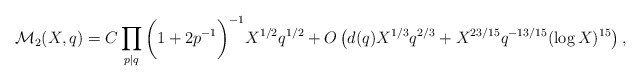
\begin{align*}\mathcal{M}_2(X,q)= C\prod_{p\mid q}\bigg(1+2p^{-1}\bigg)^{-1}X^{1/2}q^{1/2}+O\left(d(q)X^{1/3}q^{2/3}+X^{23/15}q^{-13/15}(\log X)^{15}\right),\end{align*}